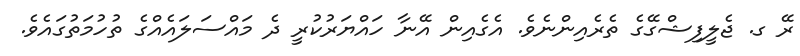
ރޭ ގ. ޖެލީފިޝްގޭގެ ތެރެއިންނެވެ. އެގެއިން އޭނާ ހައްޔަރުކުރީ ދެ މައްސަލައެއްގެ ތުހުމަތުގައެވެ.